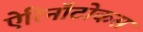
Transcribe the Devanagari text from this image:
ऐरिनॉटोकस